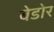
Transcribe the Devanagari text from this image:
बेडोर